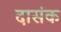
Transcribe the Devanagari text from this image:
दासंक